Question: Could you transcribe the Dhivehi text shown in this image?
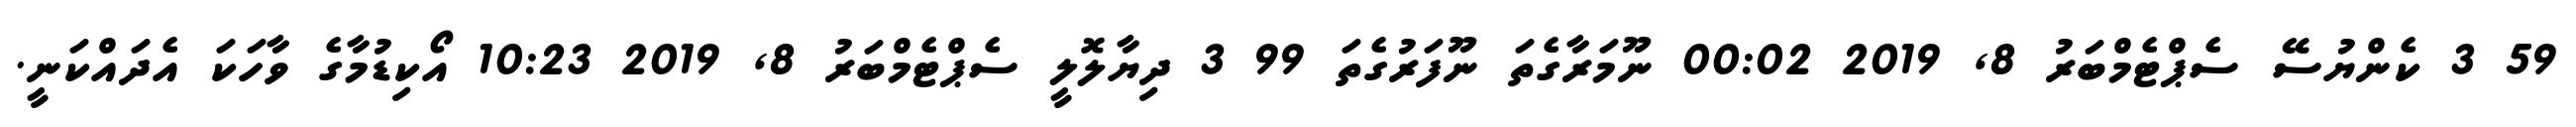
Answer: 59 3 ކެންޔުސޭ ސެޕްޓެމްބަރު 8, 2019 00:02 ނޫމަރާގެތަ ނޫފަރުގެތަ 99 3 ދިޔާލޮލީ ސެޕްޓެމްބަރު 8, 2019 10:23 އޯކިޑުމާގެ ވާހަކަ އެދައްކަނީ.